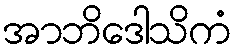
အာဘိဒေါသိကံ